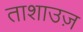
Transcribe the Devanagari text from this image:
ताशाउज़